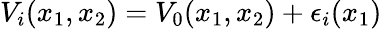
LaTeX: V_{i}(x_{1},x_{2})=V_{0}(x_{1},x_{2})+\epsilon_{i}(x_{1})